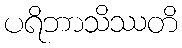
ပရိဘာသိဿတိ